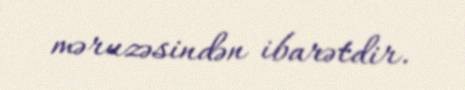
məruzəsindən ibarətdir.